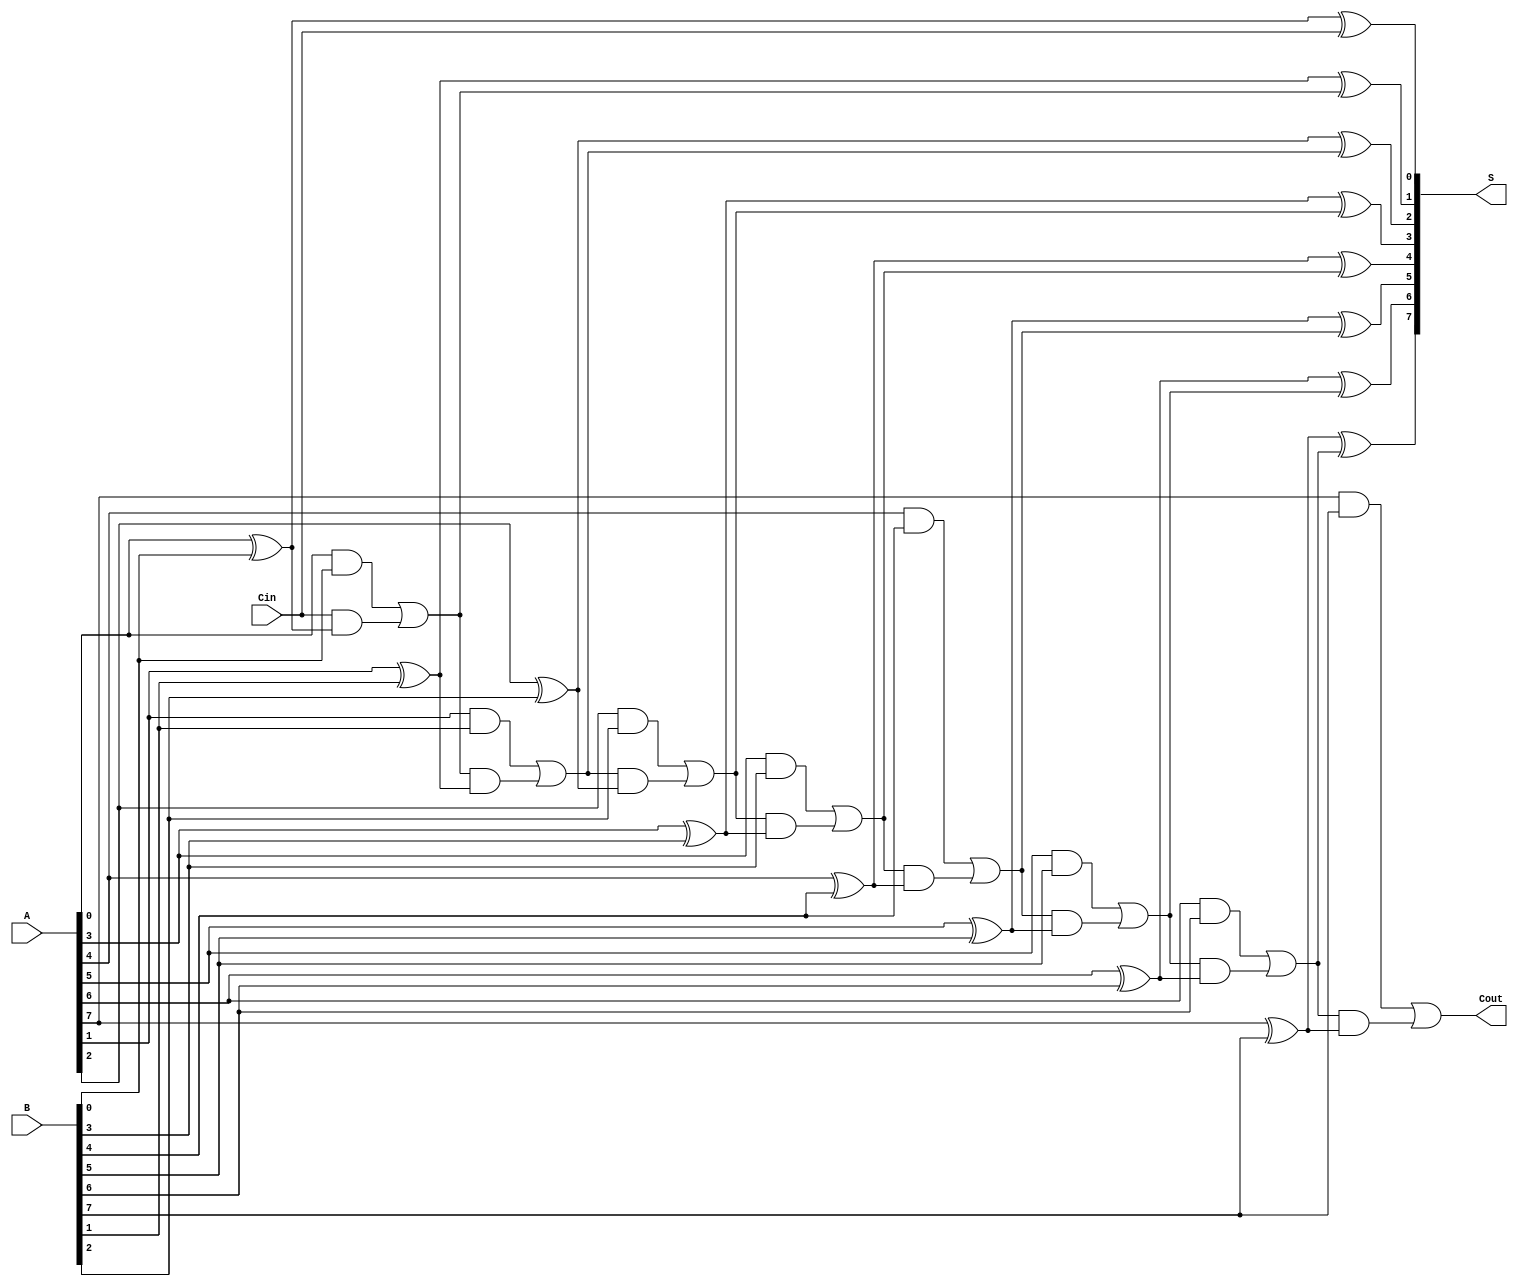
module ManchesterCarryChainAdder #(
    parameter N = 8  // Bit-width of the adder
)(
    input  wire [N-1:0] A,      // First n-bit input
    input  wire [N-1:0] B,      // Second n-bit input
    input  wire Cin,             // Carry-in
    output wire [N-1:0] S,       // n-bit sum output
    output wire Cout             // Carry-out
);

    wire [N:0] C;  // Carry signals, C[0] is the carry-in, C[N] is the carry-out

    // Generate carry signals
    assign C[0] = Cin;  // Initial carry-in
    genvar i;
    generate
        for (i = 0; i < N; i = i + 1) begin : carry_generation
            assign C[i + 1] = (A[i] & B[i]) | (C[i] & (A[i] ^ B[i]));
        end
    endgenerate

    // Calculate sum bits
    generate
        for (i = 0; i < N; i = i + 1) begin : sum_generation
            assign S[i] = A[i] ^ B[i] ^ C[i];
        end
    endgenerate

    // Final carry-out
    assign Cout = C[N];

endmodule